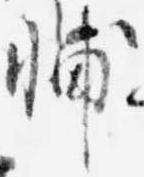
輔